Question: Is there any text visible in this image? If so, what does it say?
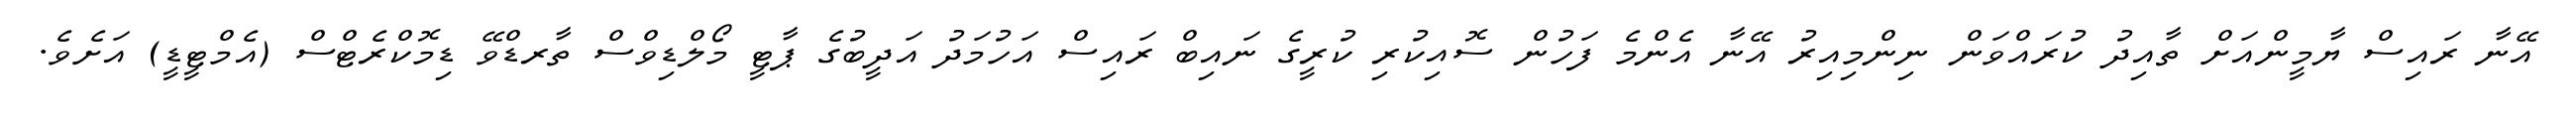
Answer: އޭނާ ރައިސް ޔާމީންއަށް ތާއިދު ކުރައްވަން ނިންމިއިރު އޭނާ އެންމެ ފަހުން ސޮއިކުރި ކުރީގެ ނައިބް ރައިސް އަހުމަދު އަދީބުގެ ޕާޓީ މޯލްޑިވްސް ތާރޑްވޭ ޑިމޮކްރެޓްސް (އެމްޓީޑީ) އަށެވެ.